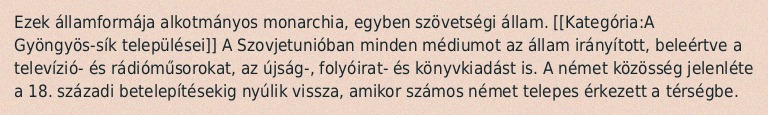
Ezek államformája alkotmányos monarchia, egyben szövetségi állam. [[Kategória:A Gyöngyös-sík települései]] A Szovjetunióban minden médiumot az állam irányított, beleértve a televízió- és rádióműsorokat, az újság-, folyóirat- és könyvkiadást is. A német közösség jelenléte a 18. századi betelepítésekig nyúlik vissza, amikor számos német telepes érkezett a térségbe.